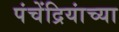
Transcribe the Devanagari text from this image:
पंचेंद्रियांच्या